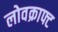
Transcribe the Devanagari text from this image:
लोवक्राफ्ट